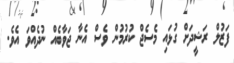
ފަޒުލް ރަޝީދަށް ގުޅައި މެސެޖް ކުރުމުން ވެސް އެނާ ޖަވާބެއް ނުދެއްވަ އެވެ.